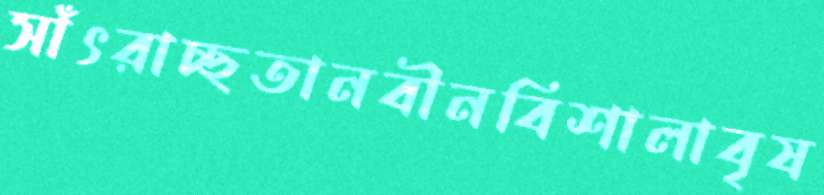
সাঁৎরাচ্ছতানবীনবিশালাবৃষ